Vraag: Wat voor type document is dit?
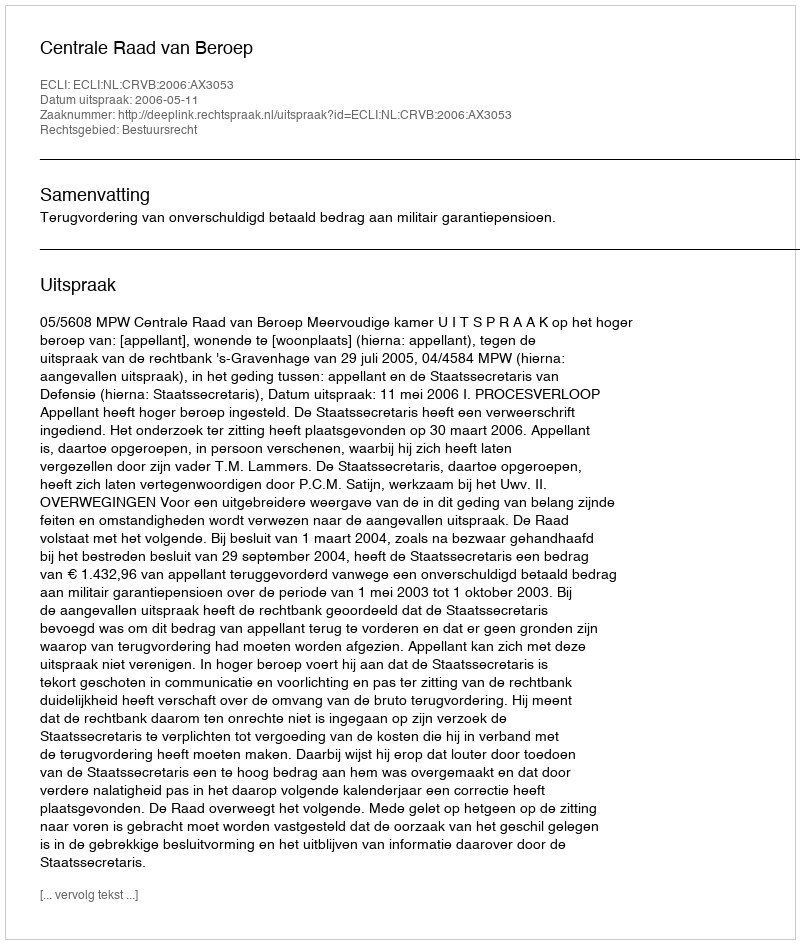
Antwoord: Uitspraak